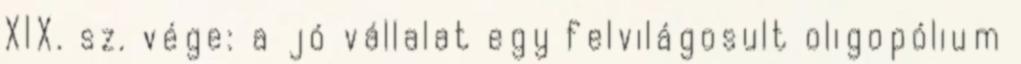
XIX. sz. vége: a jó vállalat egy felvilágosult oligopólium